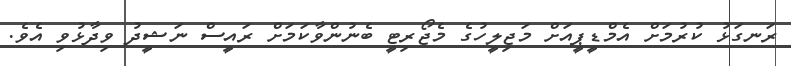
ރަނގަޅު ކުރުމަށް އެމްޑީޕީއަށް މަޖިލީހުގެ މެޖޯރިޓީ ބެނުންވާކަމަށް ރައީސް ނަޝީދު ވިދާޅުވި އެވެ.